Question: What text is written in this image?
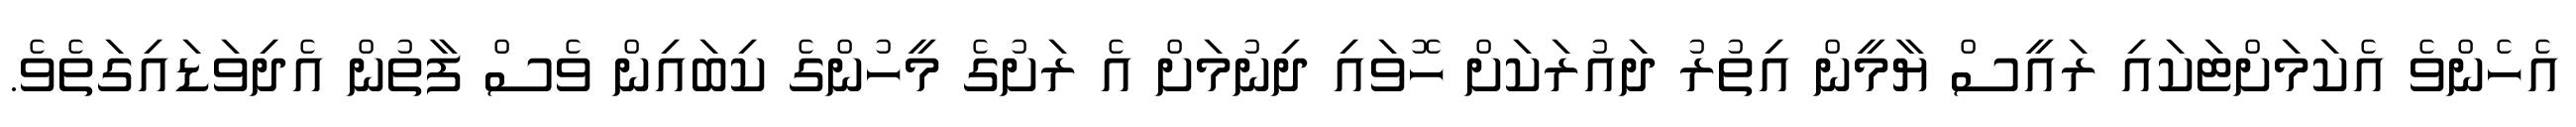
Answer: އެހެންވެ އެކަމަށްޓަކައި ރައީސް ޔާމީން އިތުރު ދައުރަކަށް ހޮވައި ދިނުމަށް އެ ރަށުގެ މީހުންގެ ކިބައިން ވެސް ފާތުން އެދިވަޑައިގަތެވެ.